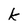
Character: k